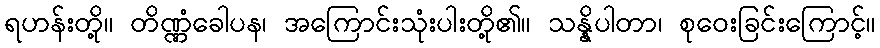
ရဟန်းတို့။ တိဏ္ဏံခေါပန၊ အကြောင်းသုံးပါးတို့၏။ သန္နိပါတာ၊ စုဝေးခြင်းကြောင့်။